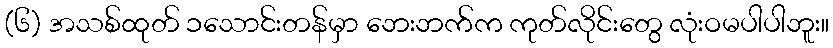
(၆) အသစ်ထုတ် ၁သောင်းတန်မှာ ဘေးဘက်က ကုတ်လိုင်းတွေ လုံးဝမပါပါဘူး။